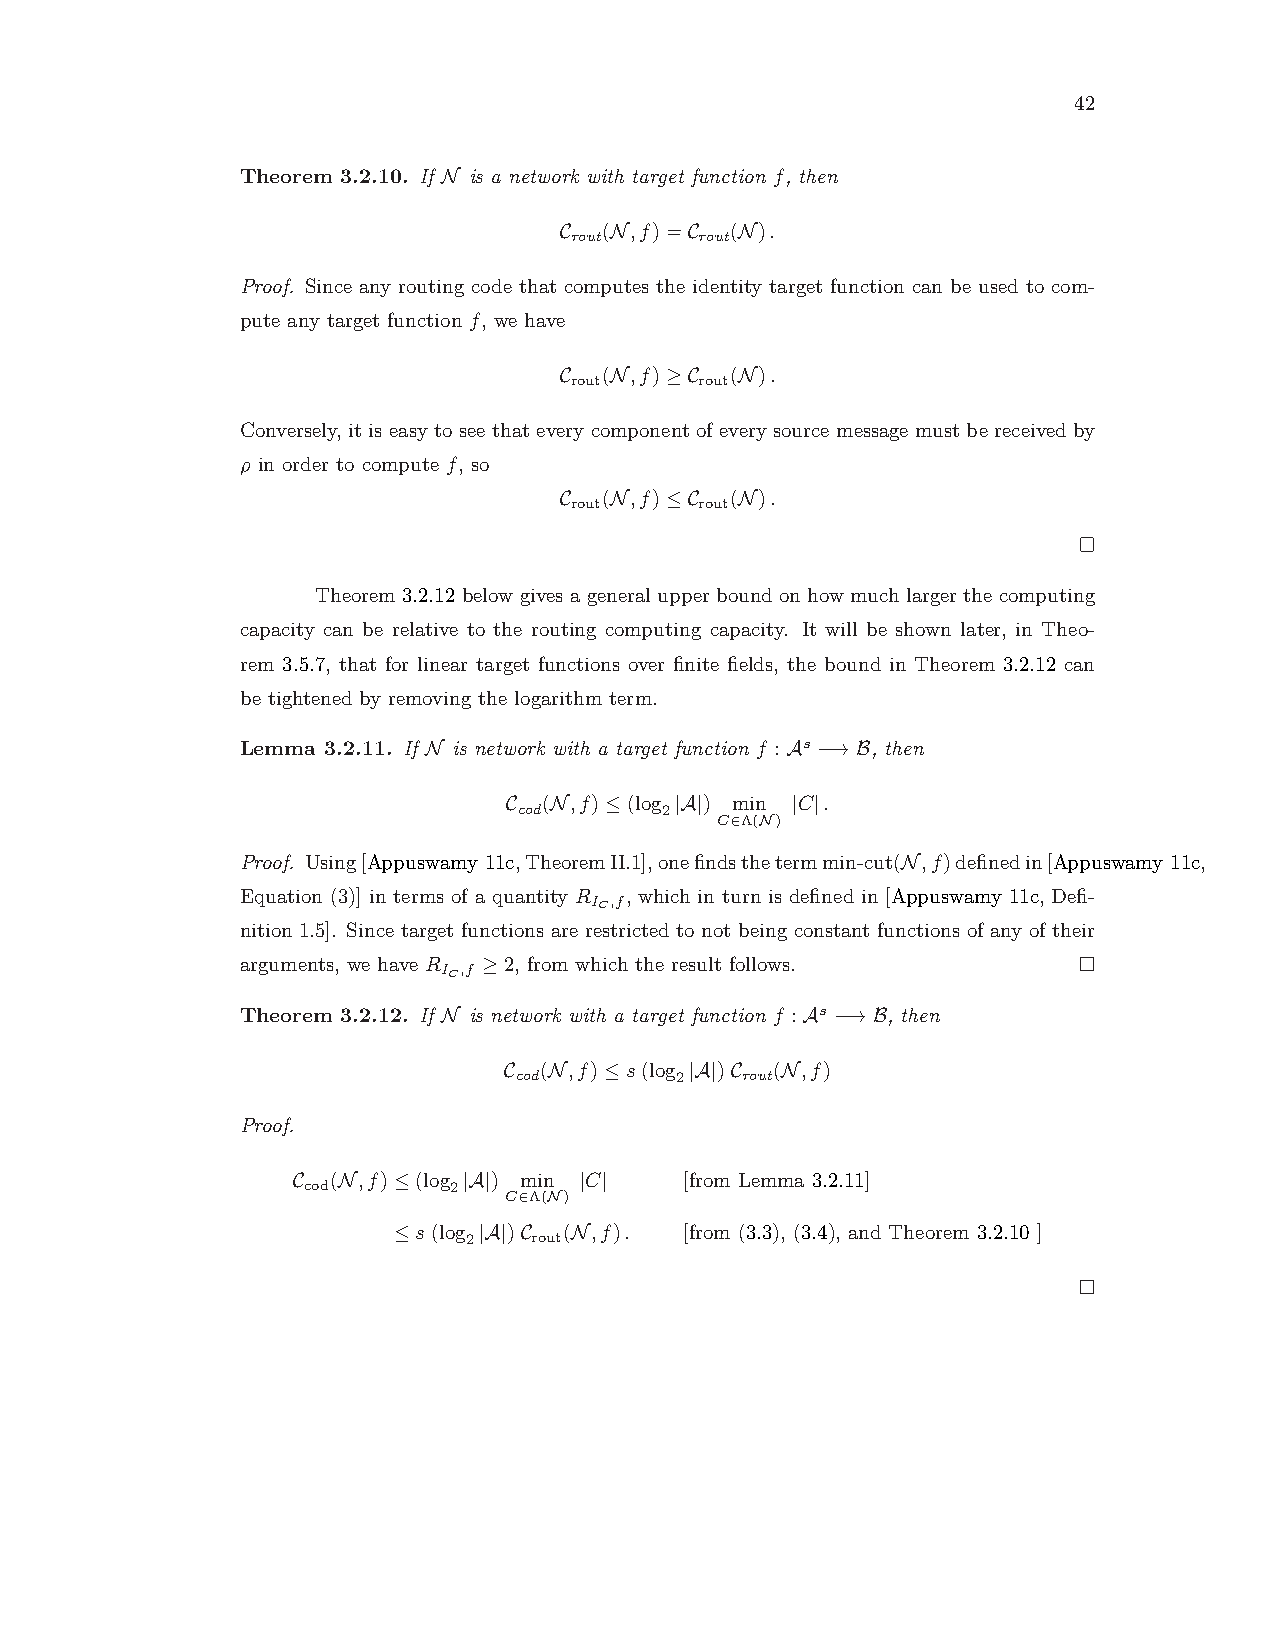
42
 Theorem 3.2.10. If N is a network with target function f, then
 C  (N,f)=C (N).
 rout    rout
 Proof. Since any routing code that computes the identity target function can be used to com-
 pute any target function f, we have
 C  (N,f)≥C (N).
 rout    rout
 Conversely, it is easy to see that every component of every source message must be received by
 ρ in order to compute f, so
 C  (N,f)≤C (N).
 rout    rout
 Theorem 3.2.12 below gives a general upper bound on how much larger the computing
 capacity can be relative to the routing computing capacity. It will be shown later, in Theo-
 rem 3.5.7, that for linear target functions over finite fields, the bound in Theorem 3.2.12 can
 be tightened by removing the logarithm term.
 Lemma 3.2.11. If N is network with a target function f :As −→B, then
 C (N,f)≤(log |A|) min |C|.
 cod       2
 C∈Λ(N)
 Proof. Using[Appuswamy 11c,TheoremII.1],onefindsthetermmin-cut(N,f)definedin[Appuswamy 11c,
 Equation (3)] in terms of a quantity R , which in turn is defined in [Appuswamy 11c, Defi-
 IC,f
 nition 1.5]. Since target functions are restricted to not being constant functions of any of their
 arguments, we have R ≥2, from which the result follows.
 IC,f
 Theorem 3.2.12. If N is network with a target function f :As −→B, then
 C  (N,f)≤s(log |A|)C (N,f)
 cod        2   rout
 Proof.
 C  (N,f)≤(log |A|) min |C| [from Lemma 3.2.11]
 cod       2
 C∈Λ(N)
 ≤s(log |A|)C (N,f). [from (3.3), (3.4), and Theorem 3.2.10 ]
 2   rout